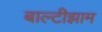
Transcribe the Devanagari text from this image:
बाल्टीझाम